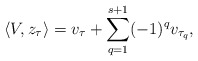
\begin{align*} \langle V, z_\tau \rangle = v_\tau + \sum_{q=1}^{s+1} (-1)^q v_{\tau_q},\end{align*}